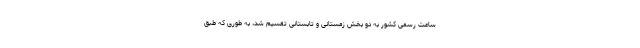
ساعت رسمی کشور به دو بخش زمستانی و تابستانی تقسیم شد، به طوری که طبق